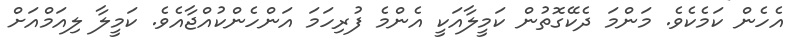
އެހެން ކަމެކެވެ. މަންމަ ދެކޭގޮތުން ކަމީލާއަކީ އެންމެ ފުރިހަމަ އަންހެންކުއްޖާއެވެ. ކަމީލާ ލިއަމްއަށް